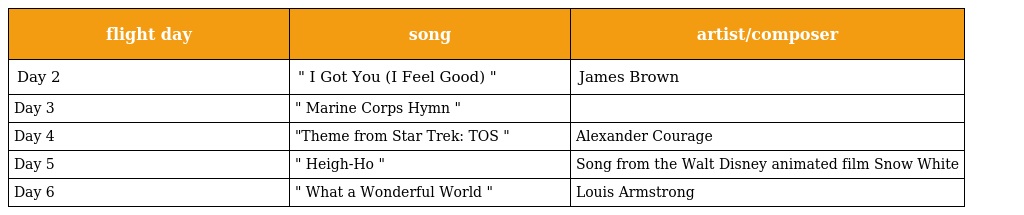
| flight day | song | artist/composer |
 | --- | --- | --- |
 | Day 2 | " I Got You (I Feel Good) " | James Brown |
 | Day 3 | " Marine Corps Hymn " |  |
 | Day 4 | "Theme from Star Trek: TOS " | Alexander Courage |
 | Day 5 | " Heigh-Ho " | Song from the Walt Disney animated film Snow White |
 | Day 6 | " What a Wonderful World " | Louis Armstrong |